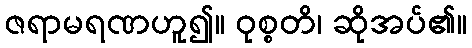
ဇရာမရဏဟူ၍။ ဝုစ္စတိ၊ ဆိုအပ်၏။